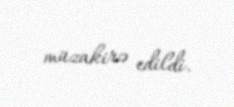
müzakirə edildi.